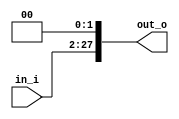
module Shift_left2628
(
	in_i,
	out_o
);
input	[25:0]	in_i;
output	[27:0]	out_o;

assign out_o = (in_i<<2);
endmodule